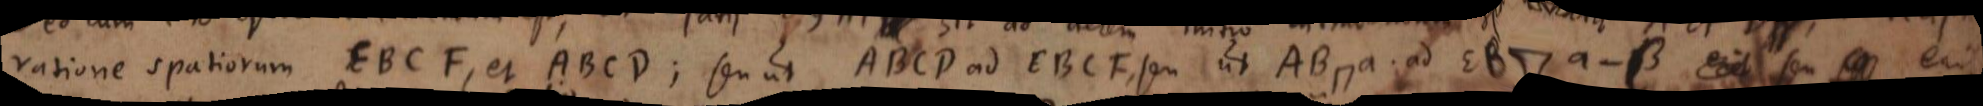
ratione spatiorum EBCF, et ABCD; seu ut ABCD ad EBCF, seu ut AB ⊓ a ad EB ⊓ a - β seu erit